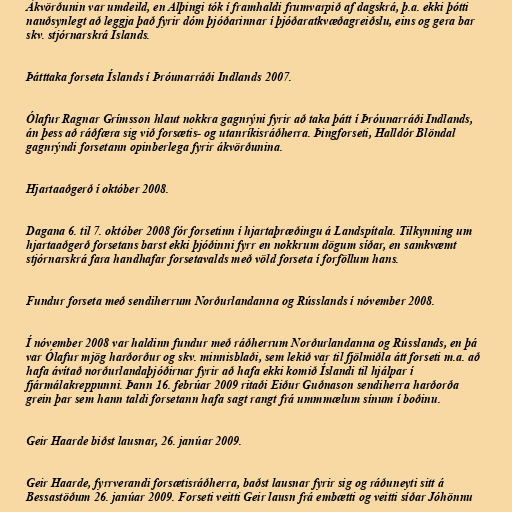
Ákvörðunin var umdeild, en Alþingi tók í framhaldi frumvarpið af dagskrá, þ.a. ekki þótti
nauðsynlegt að leggja það fyrir dóm þjóðarinnar í þjóðaratkvæðagreiðslu, eins og gera bar
skv. stjórnarskrá Íslands.

Þátttaka forseta Íslands í Þróunarráði Indlands 2007.

Ólafur Ragnar Grímsson hlaut nokkra gagnrýni fyrir að taka þátt í Þróunarráði Indlands,
án þess að ráðfæra sig við forsætis- og utanríkisráðherra. Þingforseti, Halldór Blöndal
gagnrýndi forsetann opinberlega fyrir ákvörðunina.

Hjartaaðgerð í október 2008.

Dagana 6. til 7. október 2008 fór forsetinn í hjartaþræðingu á Landspítala. Tilkynning um
hjartaaðgerð forsetans barst ekki þjóðinni fyrr en nokkrum dögum síðar, en samkvæmt
stjórnarskrá fara handhafar forsetavalds með völd forseta í forföllum hans.

Fundur forseta með sendiherrum Norðurlandanna og Rússlands í nóvember 2008.

Í nóvember 2008 var haldinn fundur með ráðherrum Norðurlandanna og Rússlands, en þá
var Ólafur mjög harðorður og skv. minnisblaði, sem lekið var til fjölmiðla átt forseti m.a. að
hafa ávítað norðurlandaþjóðirnar fyrir að hafa ekki komið Íslandi til hjálpar í
fjármálakreppunni. Þann 16. febrúar 2009 ritaði Eiður Guðnason sendiherra harðorða
grein þar sem hann taldi forsetann hafa sagt rangt frá ummmælum sínum í boðinu.

Geir Haarde biðst lausnar, 26. janúar 2009.

Geir Haarde, fyrrverandi forsætisráðherra, baðst lausnar fyrir sig og ráðuneyti sitt á
Bessastöðum 26. janúar 2009. Forseti veitti Geir lausn frá embætti og veitti síðar Jóhönnu